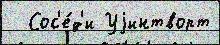
  Сос'е́д'и Уjинтворт